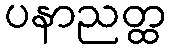
ပနာညတ္ထ